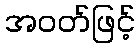
အဝတ်ဖြင့်